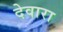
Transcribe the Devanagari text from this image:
देवारा